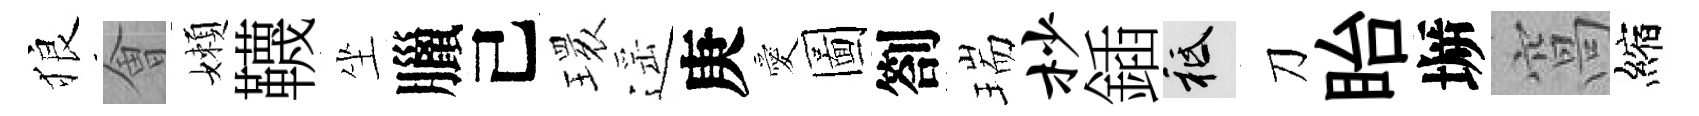
狼㑹嬾韈坐臘己𤨔遥庚愛圖劄瑞杪鍤祇刀眙󶱲窩縮